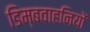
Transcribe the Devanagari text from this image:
डिम्बवाहनियों